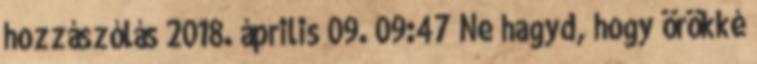
hozzászólás 2018. április 09. 09:47 Ne hagyd, hogy örökké